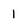
Character: 1